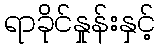
ရာခိုင်နှုန်းနှင့်